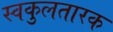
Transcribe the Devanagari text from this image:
स्वकुलतारक